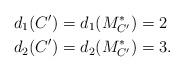
LaTeX: \begin{align*}d_1(C')&= d_1(M_{C'}^*)=2 \\ d_2(C')&=d_2(M_{C'}^*)=3.\end{align*}